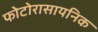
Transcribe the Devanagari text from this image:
फोटोरासायनिक